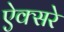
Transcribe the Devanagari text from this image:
ऐक्सरे